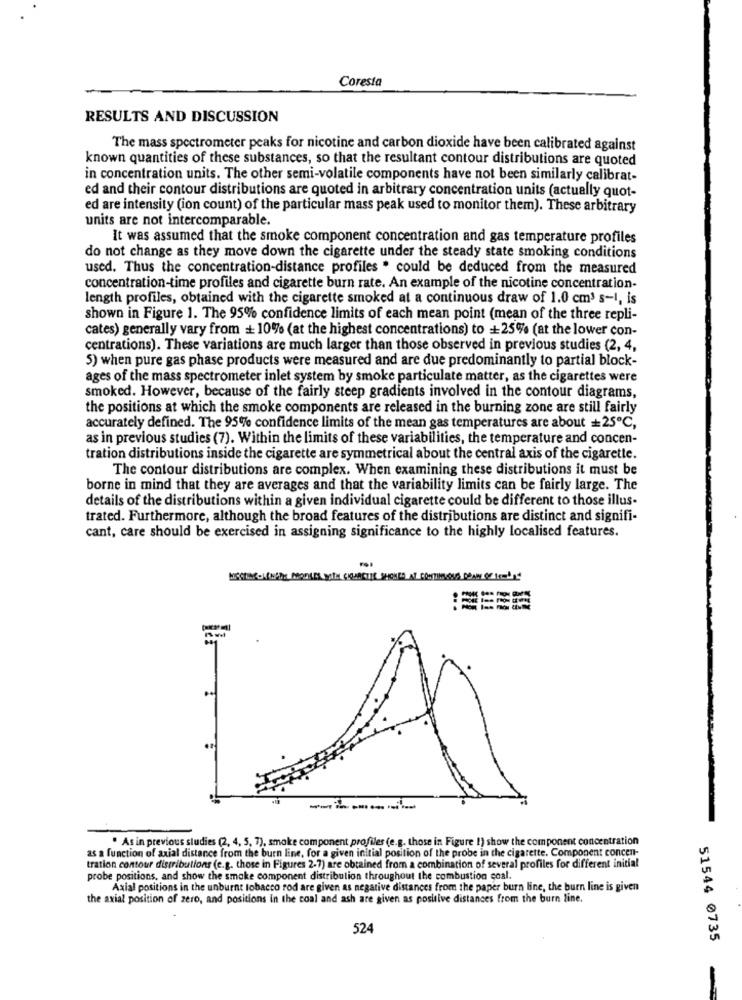
Coresta
RESULTS AND DISCUSSION
The mass spectrometer peaks for nicotine and carbon dioxide have been calibrated against
known quantities of these substances, so that the resultant contour distributions are quoted
in concentration units. The other semi-volatile components have not been similarly calibrat-
ed and their contour distributions are quoted in arbitrary concentration units (actually quot-
ed are intensity (ion count) of the particular mass peak used to monitor them). These arbitrary
units are not intercomparable.
It was assumed that the smoke component concentration and gas temperature profiles
do not change as they move down the cigarette under the steady state smoking conditions
used. Thus the concentration-distance profiles . could be deduced from the measured
concentration-time profiles and cigarette burn rate. An example of the nicotine concentration-
length profiles, obtained with the cigarette smoked at a continuous draw of 1.0 cm3 s-1, is
shown in Figure 1. The 95% confidence limits of each mean point (mean of the three repli-
cates) generally vary from + 10% (at the highest concentrations) to +25% (at the lower con-
centrations). These variations are much larger than those observed in previous studies (2, 4,
5) when pure gas phase products were measured and are due predominantly to partial block-
ages of the mass spectrometer inlet system by smoke particulate matter, as the cigarettes were
smoked. However, because of the fairly steep gradients involved in the contour diagrams,
the positions at which the smoke components are released in the burning zone are still fairly
accurately defined. The 95% confidence limits of the mean gas temperatures are about =25℃,
as in previous studies (7). Within the limits of these variabilities, the temperature and concen-
tration distributions inside the cigarette are symmetrical about the central axis of the cigarette.
The contour distributions are complex. When examining these distributions it must be
borne in mind that they are averages and that the variability limits can be fairly large. The
details of the distributions within a given individual cigarette could be different to those illus-
trated. Furthermore, although the broad features of the distributions are distinct and signifi-
cant, care should be exercised in assigning significance to the highly localised features.
WESTING-LENGRE MONKEY WITH CIQUESTER SHOCKED A CONTINUOUS DOANY OF ITS
..
:EESE
. As in previous studies (2, 4, 5, 7), smoke component profiles (e.g. those in Figure 1) show the component concentration
as a function of axial distance from the burn line, for a given initial position of the probe in the cigarette. Component concen-
tration contour distributions (e.g. those in Figures 2-7) are obtained from a combination of several profiles for different initial
probe positions, and show the smoke component distribution throughout the combustion coal.
Axial positions in the unburnt tobacco rod are given as negative distances from the paper burn line, the burn line is given
the axial position of zero, and positions in the coal and ash are given as positive distances from the burn line.
524
51544 0735